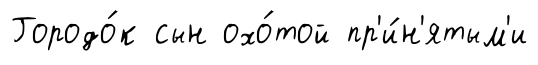
Городо́к сын охо́той пр'и́н'ятым'и